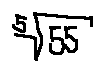
\sqrt [ 5 ] { 5 5 }